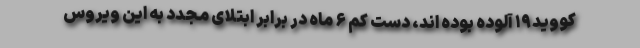
کووید۱۹ آلوده بوده اند، دست کم ۶ ماه در برابر ابتلای مجدد به این ویروس